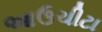
આઉચીટા